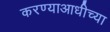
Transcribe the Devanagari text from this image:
करण्याआधीच्या